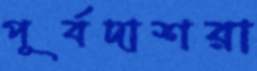
পূর্বদাশরা